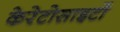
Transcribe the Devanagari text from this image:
केरेटोसाइटों